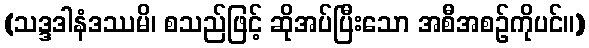
(သဒ္ဒဒါနံဒဿမိ၊ စသည်ဖြင့် ဆိုအပ်ပြီးသော အစီအစဉ်ကိုပင်။)